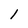
Character: l